Veterinary [1916] -
Year: 1916
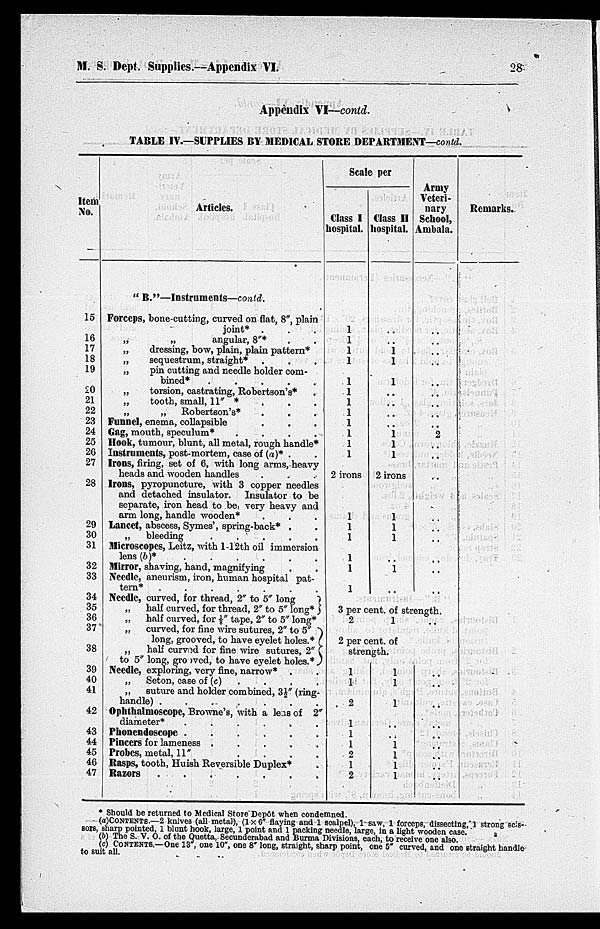
M. S. Dept. Supplies.—Appendix VI.
28
Appendix VI—contd.
TABLE IV.—SUPPLIES BY MEDICAL STORE DEPARTMENT—contd.
Item
No.
15
16
17
18
19
20
21
22
23
24
25
26
27
28
29
30
31
32
33
34
35
36
37
38
39
40
41
42
43
44
45
46
47
Articles.
" B."—Instruments—contd.
Forceps, bone-cutting, curved on flat, 8", plain
joint* . . .
„
„
angular, 8"* . .
„
dressing, bow, plain, plain pattern*
„
sequestrum, straight* . . .
„
pin cutting and needle holder com
bined*
.
.
.
.
.
„
torsion, castrating, Robertson's* .
„
tooth, small, 11" * . . .
„
„ Robertson's* . . .
Funnel, enema, collapsible . . .
Gag, mouth, speculum*
.
.
.
.
Hook, tumour, blunt, all metal, rough handle*
Instruments, post-mortem, case of (a)* . .
Irons, firing, set of 6, with long arms, heavy
heads and wooden handles . . .
Irons, pyropuncture, with 3 copper needles
and detached insulator. Insulator to be
separate, iron head to be, very heavy and
arm long, handle wooden* . . . .
Lancet, abscess, Symes', spring-back* . .
„
bleeding
.
.
.
.
.
Microscopes, Leitz, with 1-12th oil immersion
lens (b)*
.
.
.
.
.
.
Mirror, shaving, hand, magnifying . .
Needle, aneurism, iron, human hospital pat
tern*
.
.
.
.
.
.
.
Needle, curved, for thread, 2" to 5" long
„
half curved, for thread, 2" to 5" long*
„
half curved, for ⅛" tape, 2" to 5" long*
„
curved, for fine wire sutures, 2" to 5"
long, grooved, to have eyelet holes.*
„
half curved for fine wire sutures, 2"
to 5" long, grooved, to have eyelet holes.*
Needle, exploring, very fine, narrow* . .
„
Seton, case of (c) . . . .
„
suture and holder combined, 3½" (ring-
handle) .
.
.
.
.
Ophthalmoscope, Browne's, with a lens of 2"
diameter*
.
.
.
.
.
.
Phoncndoscope
.
.
.
.
.
Pincers for lameness .
.
.
.
.
Probes, metal, 11" . . . .
Rasps, tooth, Huish Reversible Duplex*
Razors
.
.
.
.
.
.
.
Scale per
Class I
hospital.
1
1
1
1
1
1
1
1
1
1
1
1
2 irons
1
1
1
1
1
1
Class II
hospital.
..
..
1
1
1
..
..
..
..
1 1
1
2 irons
1
1
1
..
1
..
Army
Veteri
nary
School,
Ambala.
..
..
..
..
..
..
..
..
..
2
..
..
..
..
..
..
..
..
..
} 3 per cent. of strength.
2
1 ..
} 2 per cent. of
strength.
1
1
2
1
1
1
2
1
2
1
1
1
..
..
1
1
1
1
..
..
..
..
..
..
..
..
..
Remarks.
* Should be returned to Medical Store Depôt when condemned.
(a)CONTENTS.—2 knives (all metal), (1×6" flaying and 1 scalpel), 1 saw, 1 forceps, dissecting, 1 strong scis-
sors, sharp pointed, 1 blunt hook, large, 1 point and 1 packing needle, large, in a light wooden case.
(b) The S. V. O. of the Quetta, Secunderabad and Burma Divisions, each, to receive one also.
(c) CONTENTS.—One 13", one 10", one 8" long, straight, sharp point, one 5" curved, and one straight handle
to suit all.